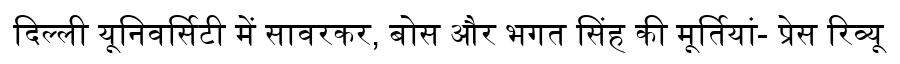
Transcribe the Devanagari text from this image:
दिल्ली यूनिवर्सिटी में सावरकर, बोस और भगत सिंह की मूर्तियां- प्रेस रिव्यू